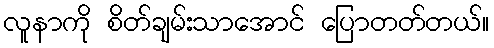
လူနာကို စိတ်ချမ်းသာအောင် ပြောတတ်တယ်။